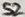
Text: S2